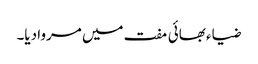
ضیاء بھائی مفت میں مروا دیا۔